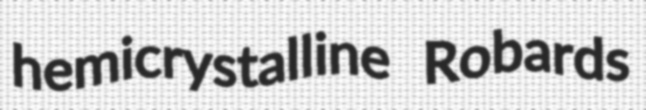
hemicrystalline Robards